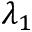
\lambda _ { 1 }